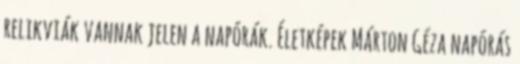
relikviák vannak jelen a napórák. Életképek Márton Géza napórás